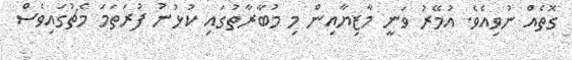
ގޮތެއް ނުވިއެވެ. އުމޭރު ވަނީ މާޒިޔާއިން މި މުބާރާތުގައި ކުޅުނު ފުރަތަމަ މެޗުގައިވެސް